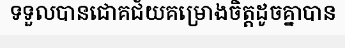
ទទួលបានជោគជ័យគម្រោងចិត្តដូចគ្នាបាន